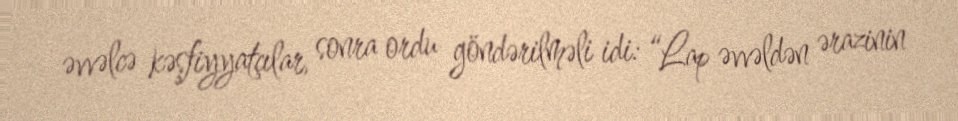
əvvəlcə kəşfiyyatçılar, sonra ordu göndərilməli idi: “Lap əvvəldən ərazinin